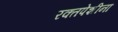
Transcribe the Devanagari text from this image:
रक्तपेशीना